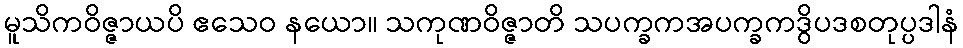
မူသိကဝိဇ္ဇာယပိ ဧသေဝ နယော။ သကုဏဝိဇ္ဇာတိ သပက္ခကအပက္ခကဒွိပဒစတုပ္ပဒါနံ